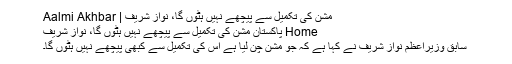
مشن کی تکمیل سے پيچھے نہیں ہٹوں گا، نواز شریف | Aalmi Akhbar
Home پاکستان مشن کی تکمیل سے پيچھے نہیں ہٹوں گا، نواز شریف
سابق وزیراعظم نواز شریف نے کہا ہے کہ جو مشن چن لیا ہے اس کی تکمیل سے کبھی پيچھے نہيں ہٹوں گا۔